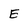
Character: E